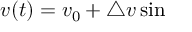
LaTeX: v ( t ) = v _ { 0 } + \triangle v \sin